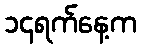
၁၄ရက်နေ့က